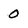
Character: 0